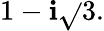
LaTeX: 1-\mathbf{i}{\sqrt{}{{3}}}.